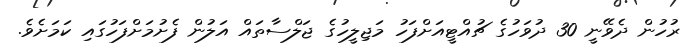
ރުހުން ދެވޭނީ 30 ދުވަހުގެ ޗުއްޓީއަށްފަހު މަޖިލީހުގެ ޖަލްސާތައް އަލުން ފެށުމަށްފަހުގައި ކަމަށެވެ.